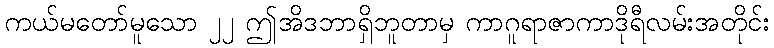
ကယ်မတော်မူသော ၂၂ ဤအိဒဘာရှိဘူတာမှ ကာဂူရာဇာကာဒိုရီလမ်းအတိုင်း